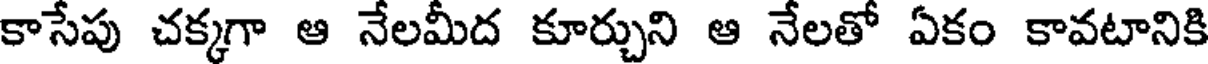
కాసేపు చక్కగా ఆ నేలమీద కూర్చుని ఆ నేలతో ఏకం కావటానికి